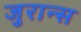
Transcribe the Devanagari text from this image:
जुरान्स